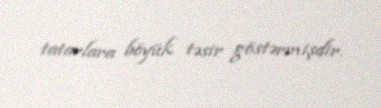
tatarlara böyük təsir göstərmişdir.